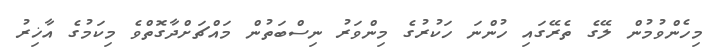
މިހެންވުމުން ލޭގެ ތެރޭގައި ހުންނަ ހަކުރުގެ މިންވަރު ނިސްބަތުން މައްޗަށްދާގޮތްވެ މިކަމުގެ އާޚިރު